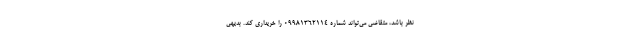
نظر باشد، متقاضی می‌تواند شماره 09981362114 را خریداری کند. بدیهی